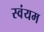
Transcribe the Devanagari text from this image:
स्‍वंयम